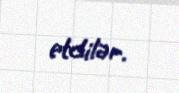
etdilər.